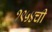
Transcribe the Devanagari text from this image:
१९५४ची